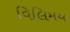
વિલિમય